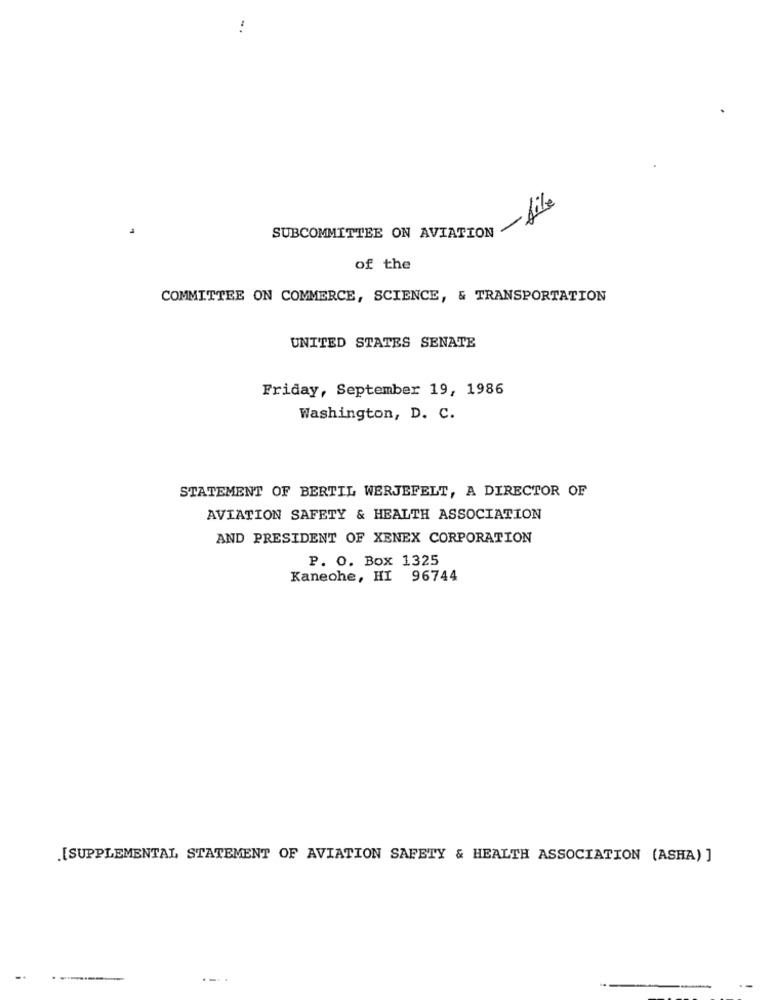
file
SUBCOMMITTEE ON AVIATION
of the
COMMITTEE ON COMMERCE, SCIENCE, & TRANSPORTATION
UNITED STATES SENATE
Friday, September 19, 1986
Washington, D. C.
STATEMENT OF BERTIL WERJEFELT, A DIRECTOR OF
AVIATION SAFETY & HEALTH ASSOCIATION
AND PRESIDENT OF XENEX CORPORATION
P. O. Box 1325
Kaneohe, HI 96744
[SUPPLEMENTAL STATEMENT OF AVIATION SAFETY & HEALTH ASSOCIATION (ASHA) ]